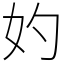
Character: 妁